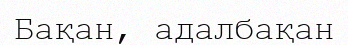
Бақан, адалбақан